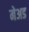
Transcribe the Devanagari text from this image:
मेअड